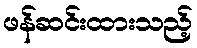
ဖန်ဆင်းထားသည့်